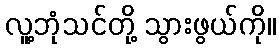
လူ့ဘုံသင်တို့ သွားဖွယ်ကို။